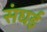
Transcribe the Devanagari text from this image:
संघई